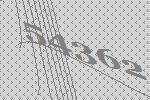
54362